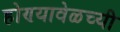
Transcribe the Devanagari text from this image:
होण्यावेळच्यी